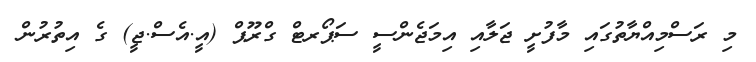
މި ރަސްމިއްޔާތުގައި މާފުށީ ޖަލާއި އިމަޖެންސީ ސަޕޯރޓް ގްރޫޕް (އީ.އެސް.ޖީ) ގެ އިތުރުން